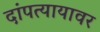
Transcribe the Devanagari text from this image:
दांपत्यायावर